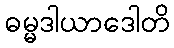
ဓမ္မဒါယာဒေါတိ